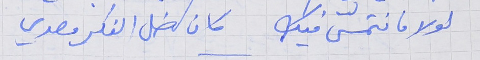
لولا ما نتمسّى فيك      كان ضل الفكر مصدي